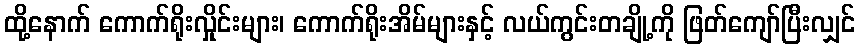
ထို့နောက် ကောက်ရိုးလှိုင်းများ၊ ကောက်ရိုးအိမ်များနှင့် လယ်ကွင်းတချို့ကို ဖြတ်ကျော်ပြီးလျှင်